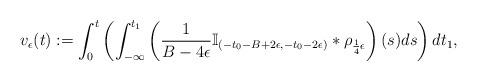
LaTeX: \begin{align*}v_{\epsilon}(t):=\int_{0}^{t}\left(\int_{-\infty}^{t_{1}}\left(\frac{1}{B-4\epsilon}\mathbb{I}_{(-t_{0}-B+2\epsilon,-t_{0}-2\epsilon)}*\rho_{\frac{1}{4}\epsilon}\right)(s)ds\right)dt_{1},\end{align*}